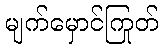
မျက်မှောင်ကြုတ်